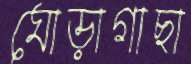
ঘোড়াগাছা